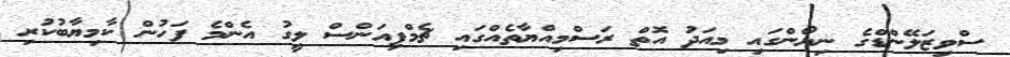
ސްވިޒަލޭންޑްގެ ނިޔޯންގައި މިއަދު އޮތް ރަސްމިއްޔާތެއްގައި ޗެމްޕިއަންސް ލީގު އެންމެ ފަހުން ކާމިޔާބުކުރި